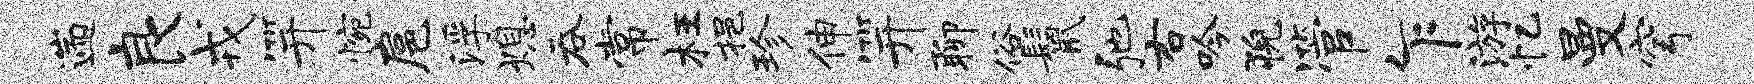
遄良戎笄惋扈浮熄吞常枉挹珍伸笄聊俗鬣弛右吟猊管乍游忆曼穹